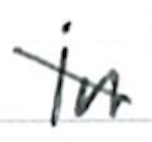
Text: in
Cross-out: diagonal
Writing tool: ballpoint